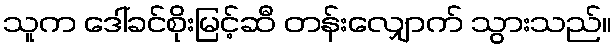
သူက ဒေါ်ခင်စိုးမြင့်ဆီ တန်းလျှောက် သွားသည်။